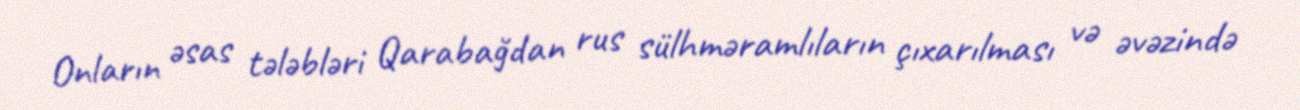
Onların əsas tələbləri Qarabağdan rus sülhməramlıların çıxarılması və əvəzində